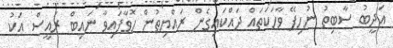
އަދީބު ސާބިތު ނުހިފޭ ވާހަކަތައް ދައްކައިގެން ރައްޔިތުން ހޮވާފައިވާ ނައިބް ރައީސް އަކު